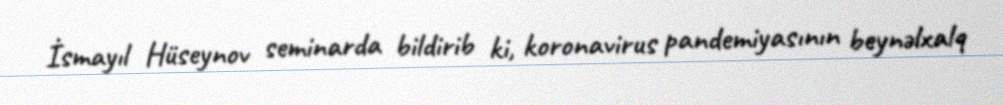
İsmayıl Hüseynov seminarda bildirib ki, koronavirus pandemiyasının beynəlxalq